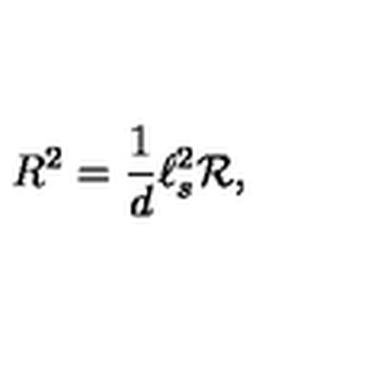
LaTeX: R ^ { 2 } = \frac { 1 } { d } \ell _ { s } ^ { 2 } { \cal R } ,